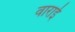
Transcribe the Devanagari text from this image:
वाराई